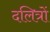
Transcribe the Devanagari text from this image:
दलित्रों